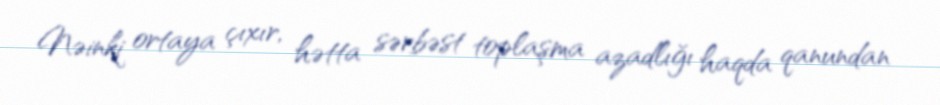
Nəinki ortaya çıxır, hətta sərbəst toplaşma azadlığı haqda qanundan